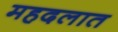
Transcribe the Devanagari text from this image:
महदलात